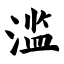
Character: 滥